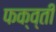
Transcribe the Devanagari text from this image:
फक्व्ती